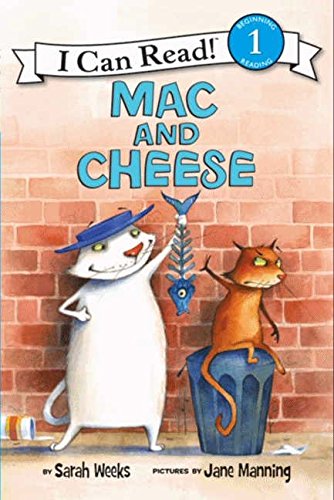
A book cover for Mac and Cheese (I Can Read Level 1); Sarah Weeks; Children's Books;